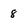
Character: 8